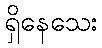
ရှိနေသေး